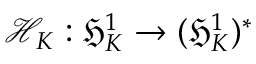
\mathcal { H } _ { K } : \mathfrak { H } _ { K } ^ { 1 } \to ( \mathfrak { H } _ { K } ^ { 1 } ) ^ { * }